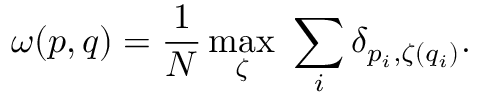
\omega ( p , q ) = \frac { 1 } { N } \operatorname* { m a x } _ { \zeta } \ \sum _ { i } \delta _ { p _ { i } , \zeta ( q _ { i } ) } .